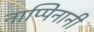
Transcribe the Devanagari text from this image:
नाप्पिनानी